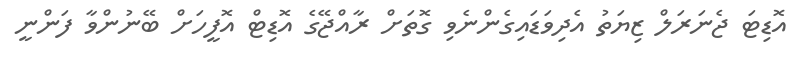
އޮޑިޓަ ޖެނަރަލް ޒިޔަތު އެދިވަޑައިގެންނެވި ގޮތަށް ރާއްޖޭގެ އޮޑިޓް އޮފީހަށް ބޭނުންވާ ފަންނީ